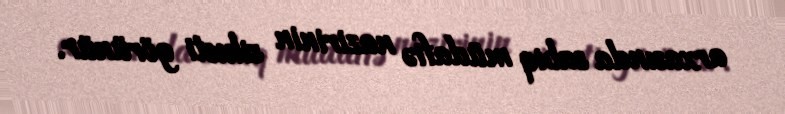
arxasında sabiq müdafiə nazirinin silueti görünür.